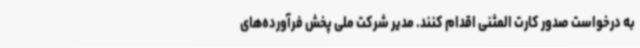
به درخواست صدور کارت المثنی اقدام کنند. مدیر شرکت ملی پخش فرآورده‌های